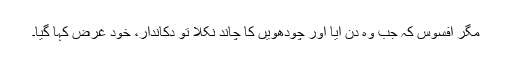
مگر افسوس کہ جب وہ دن آیا اور چودھویں کا چاند نکلا تو دکاندار، خود غرض کہا گیا۔